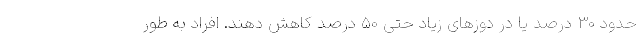
حدود 30 درصد یا در دوزهای زیاد حتی 50 درصد کاهش دهند. افراد به طور